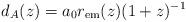
LaTeX: \begin{align*}d_A(z)=a_0 r_{\rm em}(z)(1+z)^{-1} \end{align*}